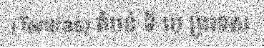
(Tantras) តំបន់ ទី បេ ប្រទេស